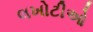
લખોટીઓ